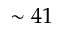
\sim 4 1